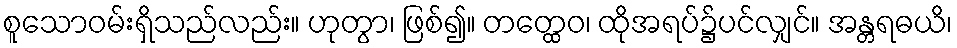
စူသောဝမ်းရှိသည်လည်း။ ဟုတွာ၊ ဖြစ်၍။ တတ္ထေဝ၊ ထိုအရပ်၌ပင်လျှင်။ အန္တရဓယိ၊